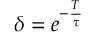
\delta = e ^ { - \frac { T } { \tau } }